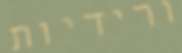
ורידיות